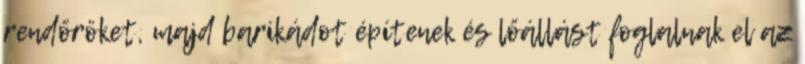
rendőröket, majd barikádot építenek és lőállást foglalnak el az